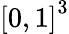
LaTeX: {[0,1]}^{3}